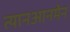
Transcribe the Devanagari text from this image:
त्यानआनमेन